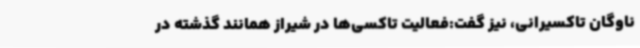
ناوگان تاکسیرانی، نیز گفت:فعالیت تاکسی‌ها در شیراز همانند گذشته در